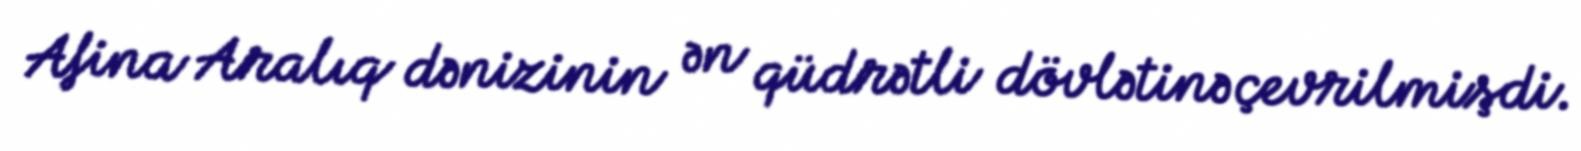
Afina Aralıq dənizinin ən qüdrətli dövlətinə çevrilmişdi.